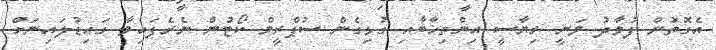
އެގޮތުން ފުވާދު ވަނީ ރިޔާސީ އިންތިޚާބާއި ގުޅިގެން ސުޕްރީމް ކޯޓުން ނެރެފައިވާ ގައިޑުލައިނަށް